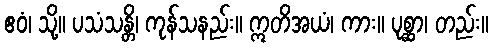
ဧဝံ၊ သို့။ ပသံသန္တိ၊ ကုန်သနည်း။ ဣတိအယံ၊ ကား။ ပုစ္ဆာ၊ တည်း။